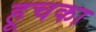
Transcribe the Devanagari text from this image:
हूचका